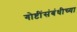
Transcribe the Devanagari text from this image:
गोष्टींसंबंधीच्या